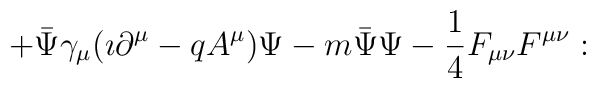
\hspace{1.3cm} + \bar{\Psi}\gamma_{\mu}(\imath\partial^{\mu} - qA^{\mu})\Psi - m \bar{\Psi} \Psi - {1 \over 4}F_{\mu \nu}F^{\mu\nu} : \hspace{1.6cm}